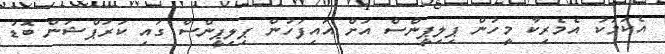
އެކަމަކު އެމެރިކާ މީހުން ޕިލިޕީންސް އަށް އައިފަހުން ޕިލިޕީންސް ގައި ކަރަޕްޝަން ބޮޑު